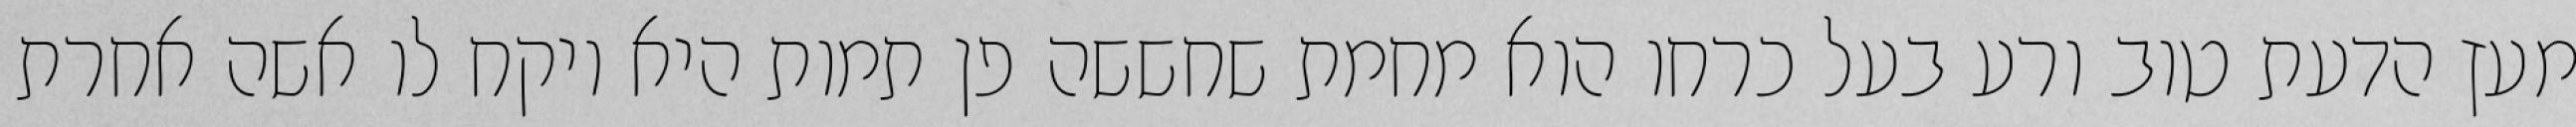
מעץ הדעת טוב ורע בעל כרחו הוא מחמת שחששה פן תמות היא ויקח לו אשה אחרת